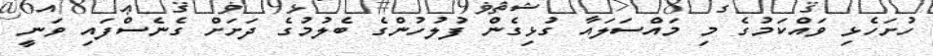
ހުށަހެޅި ވައްކަމުގެ މި މައްސަލައާ ގުޅިގެން ފުލުހުންގެ ބެލުމުގެ ދަށަށް ގެނެސްފައި ވަނީ